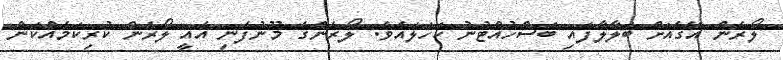
ލޯރެން އޭގެއަށް ބަލާލާފައި ބަސްހުއްޓުނު ކަހަލައެވެ. ލޯރެންގެ މޫނުފެނި އެއީ ލޯރެން ކުރިކަމެއްކަން